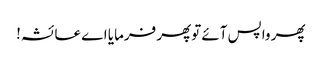
پھر واپس آئے توپھر فرمایا اے عائشہ!